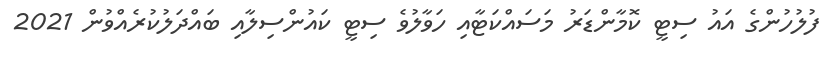
ފުލުހުންގެ އައު ސިޓީ ކޮމާންޑަރު މަސައްކަޓާއި ހަވާލުވެ ސިޓީ ކައުންސިލާއި ބައްދަލުކުރެއްވުން 2021